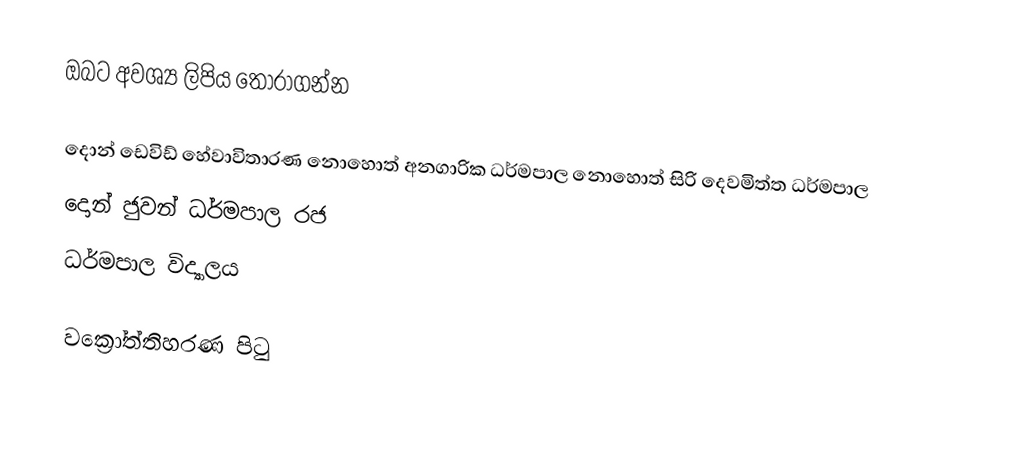
ඔබට අවශ්‍ය ලිපිය තෝරාගන්න

දොන් ඩෙවිඩ්  හේවාවිතාරණ  නොහොත් අනගාරික ධර්මපාල  නොහොත් සිරි දෙවමිත්ත ධර්මපාල
 දොන් ජුවන් ධර්මපාල රජ
 ධර්මපාල විද්‍යාලය

වක්‍රෝත්තිහරණ පිටු